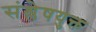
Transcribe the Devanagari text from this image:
संश्लेषयुक्त